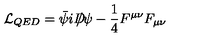
{ \cal L } _ { Q E D } = \bar { \psi } i D \! \! \! \! / \psi - \frac 1 4 F ^ { \mu \nu } F _ { \mu \nu }